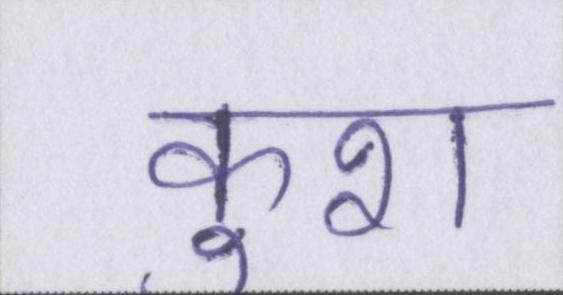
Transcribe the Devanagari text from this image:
कुश